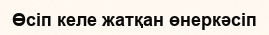
Өсіп келе жатқан өнеркәсіп